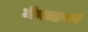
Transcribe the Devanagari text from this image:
मेवाडवर